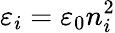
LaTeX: \varepsilon_{i}=\varepsilon_{0}n_{i}^{2}